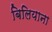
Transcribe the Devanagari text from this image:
बिलियाना